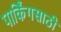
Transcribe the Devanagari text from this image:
पार्किंगसाठी